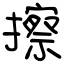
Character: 擦